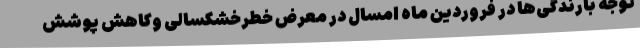
توجه بارندگی‌ها در فروردین ماه امسال در معرض خطرخشکسالی وکاهش پوشش